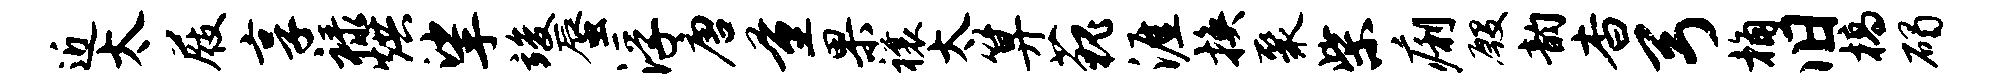
近太屐享禄烘挲竣蜃浮唐量果禳太算藐涯换聚柴痢殷韵杳弓桷旧槁碣